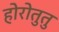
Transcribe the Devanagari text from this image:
होरोतुतु